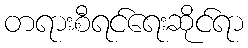
တရားစီရင်ရေးဆိုင်ရာ